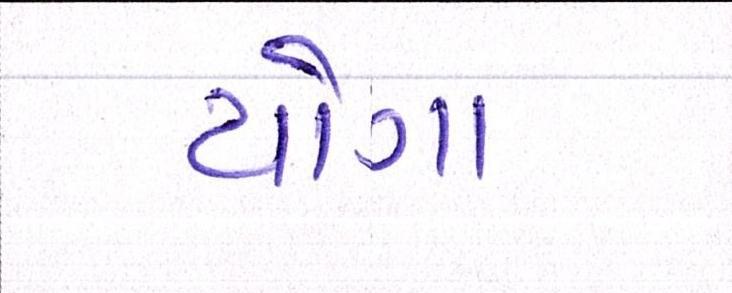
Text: યોગા